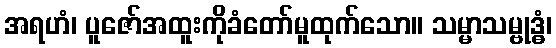
အရဟံ၊ ပူဇော်အထူးကိုခံတော်မူထုက်သော။ သမ္မာသမ္ဗုဒ္ဓံ၊